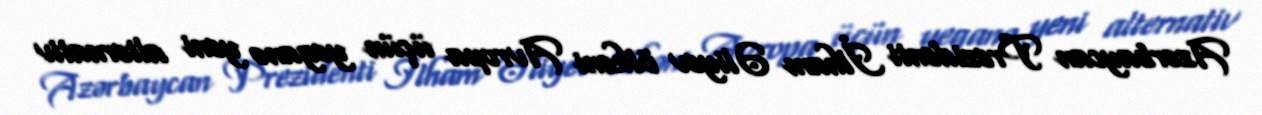
Azərbaycan Prezidenti İlham Əliyev ölkəni Avropa üçün yeganə yeni alternativ